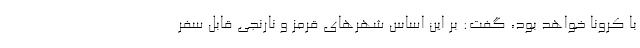
با کرونا خواهد بود، گفت: بر این اساس شهرهای قرمز و نارنجی قابل سفر